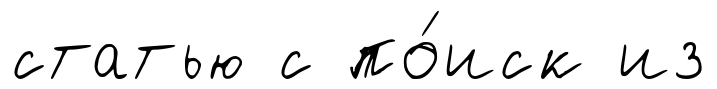
статью с по́иск из